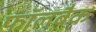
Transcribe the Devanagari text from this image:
फॉलबैक